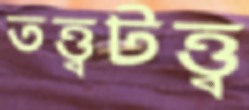
তত্ত্বটত্ত্ব